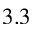
3 . 3